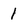
Character: 1